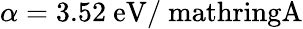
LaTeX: \alpha=3.52\ \mathrm{eV/\ mathring{A}}